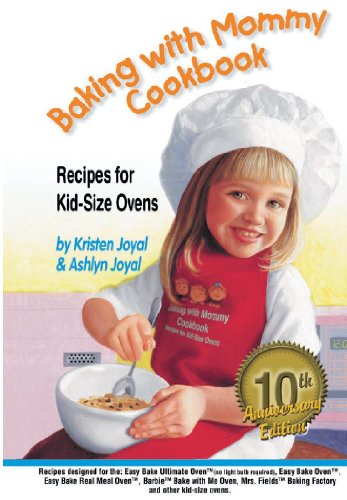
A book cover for Baking with Mommy Cookbook: Recipes for Kid-Size Ovens - 10th Anniversary Edition; Kristen Joyal; Children's Books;